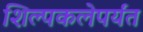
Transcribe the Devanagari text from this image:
शिल्पकलेपर्यंत